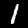
Digit: 1